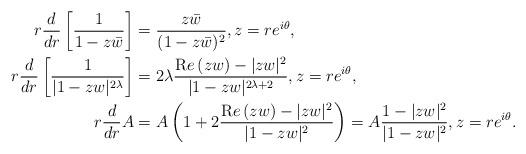
LaTeX: \begin{align*}r\frac{d}{dr}\left[\frac{1}{1-z\bar{w}}\right]&=\frac{z\bar{w}}{(1-z\bar{w})^2},z=re^{i\theta},\\r\frac{d}{dr}\left[\frac{1}{|1-zw|^{2\lambda}}\right]&=2\lambda\frac{{\mathrm Re}\,(zw)-|zw|^2}{|1-zw|^{2\lambda+2}},z=re^{i\theta},\\r\frac{d}{dr}A&=A\left(1+2\frac{{\mathrm Re}\,(zw)-|zw|^2}{|1-zw|^{2}}\right)=A\frac{1-|zw|^2}{|1-zw|^{2}},z=re^{i\theta}.\end{align*}